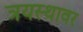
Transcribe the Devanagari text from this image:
त्रयस्थावर